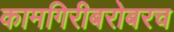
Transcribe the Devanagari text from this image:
कामगिरीबरोबरच